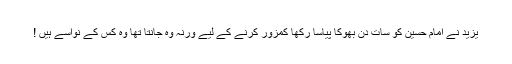
یزید نے امام حسین کو سات دن بھوکا پیاسا رکھا کمزور کرنے کے لیے ورنہ وہ جانتا تھا وہ کس کے نواسے ہیں !